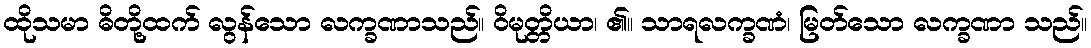
ထိုသမာ ဓိတို့ထက် လွန်သော လက္ခဏာသည်။ ဝိမုတ္တိယာ၊ ၏။ သာရလက္ခဏံ၊ မြတ်သော လက္ခဏာ သည်။